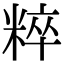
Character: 粹